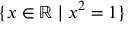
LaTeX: \{ x \in \mathbb { R } \mid x ^ { 2 } = 1 \}